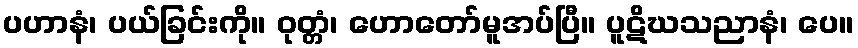
ပဟာနံ၊ ပယ်ခြင်းကို။ ဝုတ္တံ၊ ဟောတော်မူအပ်ပြီ။ ပူဋိဃသညာနံ၊ ပေ။